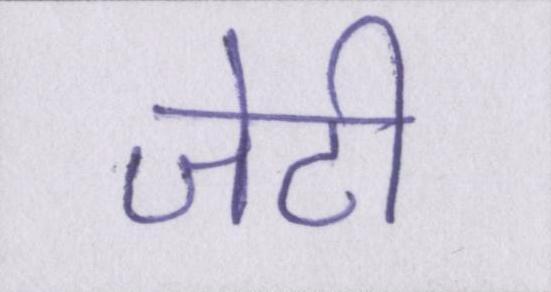
जेटी